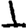
Digit: 1